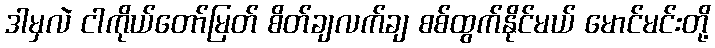
ဒါမှလဲ ငါကိုယ်တော်မြတ် စိတ်ချလက်ချ စစ်ထွက်နိုင်မယ် မောင်မင်းတို့